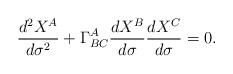
LaTeX: \begin{align*}\frac{d^2X^A}{d\sigma^2}+\Gamma^A_{BC}\frac{dX^B}{d\sigma}\frac{dX^C}{d\sigma}=0.\end{align*}